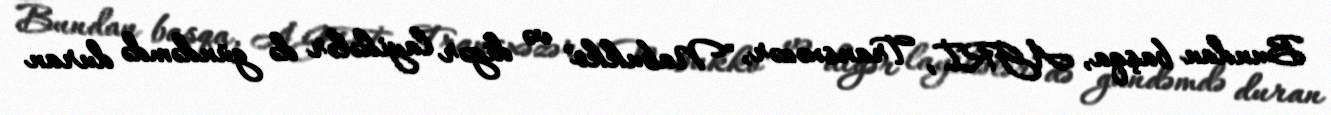
Bundan başqa, AGRİ, Transxəzər, "Nabukko" və digər layihələr də gündəmdə duran